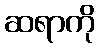
ဆရာကို